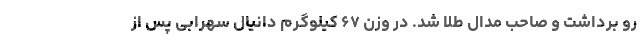
رو برداشت و صاحب مدال طلا شد. در وزن ۶۷ کیلوگرم دانیال سهرابی پس از